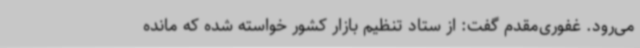
می‌رود. غفوری‌مقدم گفت: از ستاد تنظیم بازار کشور خواسته شده که مانده